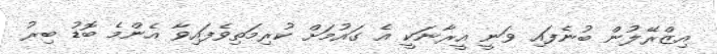
އިޒްރޭލުން ބުނެފައި ވަނީ އީރާނަކީ އެ ގައުމަށް ކުރިމަތިވެފައިވާ އެންމެ ބޮޑު ބިރު